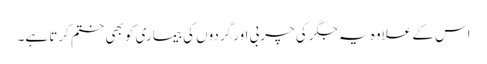
اس کے علاوہ یہ جگر کی چربی اور گردوں کی بیماری کو بھی ختم کرتا ہے۔